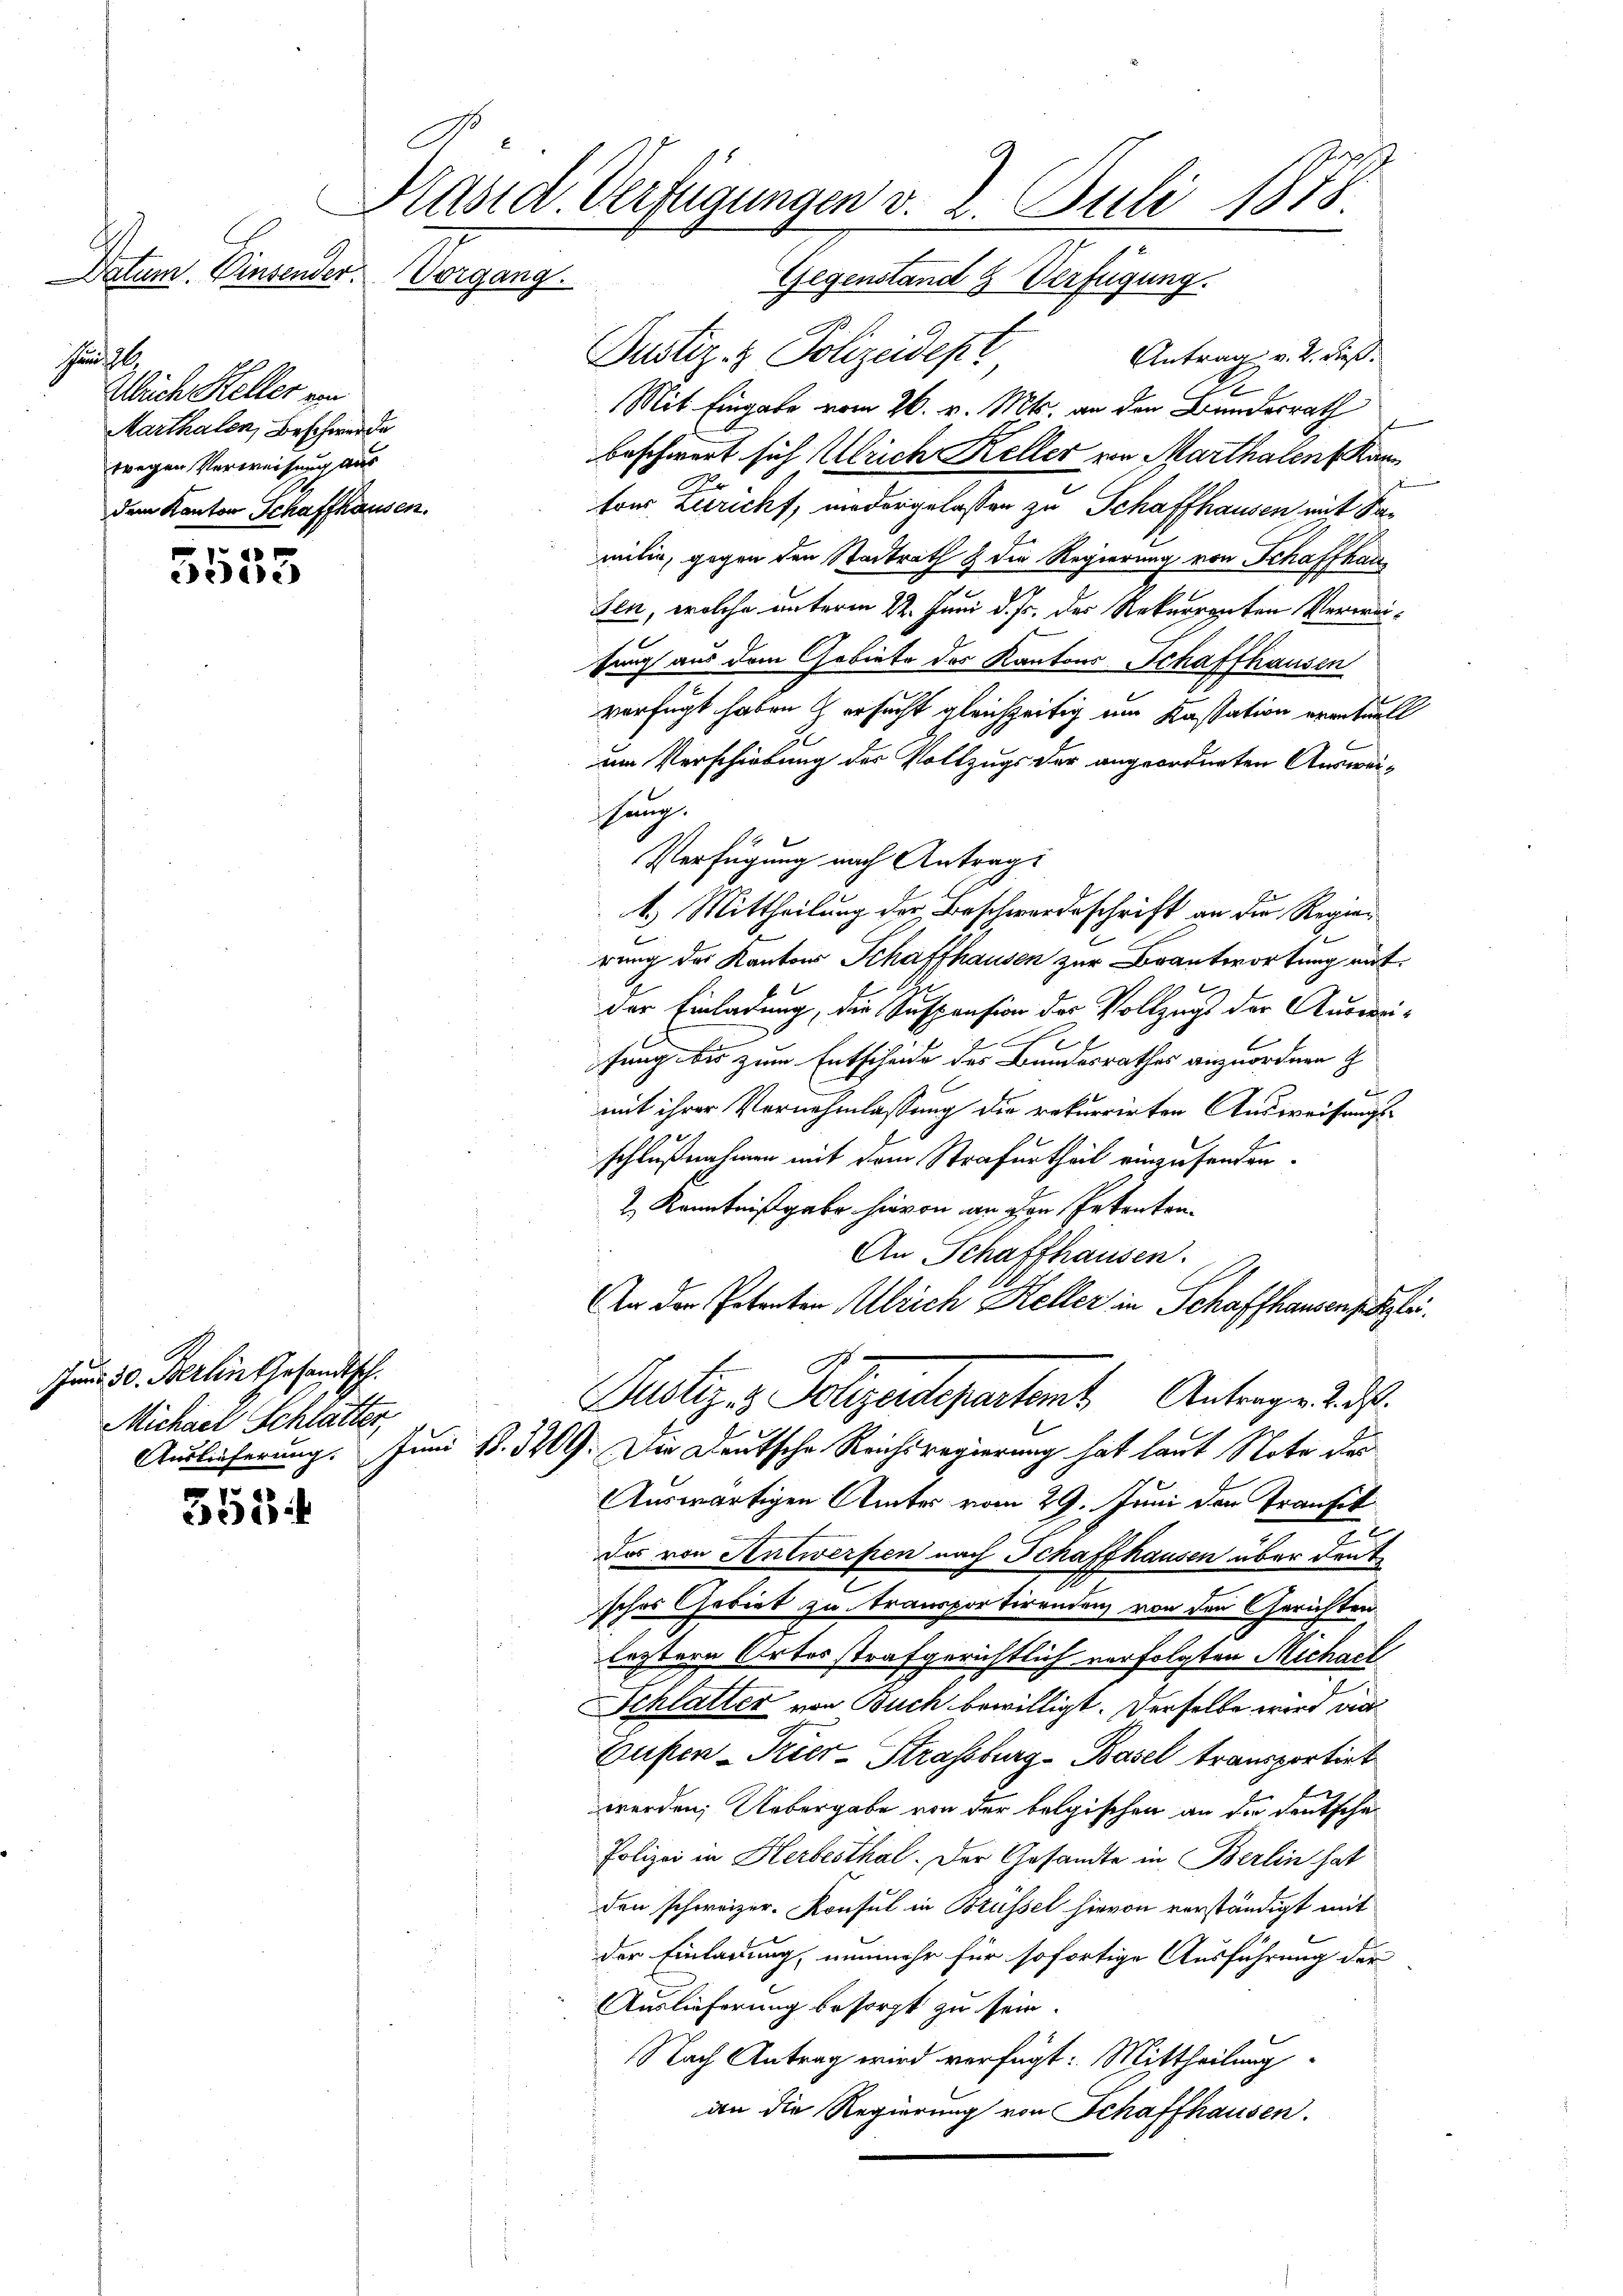
Datum. Einsender.

Günstle
Abuch Keller von
Marthalen, Beschwerde
wegen Verweisung aus
dem Kanton Schaffhausen

5535

558

Präsid. Verfügungen v. 2. Juli 1875.
Vergang
Gegenstand & Verfügung.

Tund 30. Berlin Gesandtsch.
MMichael Schlätter,

Justiz- & Polizeidept
Antrag v. 2. dieß¬
Mit Eingabe vom 26. v. Mts. an den Bundesrath
beschwert sich Ulrich Keller von Marthalen Kanton Züricht, niedergelassen zu Schaffhausen mit Familie, gegen den Stadtrath & die Regierung von Schaffhaus
den, welche unterm 22. Juni d. Js. des Rekurrenten Verweifung aus dem Gebiete des Kantons Schaffhausen
verfügt haben & ersucht gleichzeitig um Kassation erentuell
am Verschiebung der Vollzugs der angeordneten Ausweiung.
Verfügung nach Antrag:
A. Mittheilung der Beschwerdeschrift an die Regier
rung des Kantons Schaffhausen zur Brantwortung mit
der Einladung, die Suspension der Vollzugs der Auswei-
.
fung bis zum Entscheide des Bundesrathes anzuordnen
2
mit ihrer Vernehmlassung die rekurrirten Ausweisungsschlußnahmen mit dem Strafurtheil einzusenden.
z Kenntnißgabe hievon an den Petenten
An Schaffhausen.
An der Potenten Ulrich Keller in Schaffhausenpateri
Justiz- & Polizeidepartamt Antragen d. d.
Auslieferung. Juni 18. 3209. Die Deutsche Reichsregierung hat laut Note der
Auswärtigen Amtes vom 29. Juni den Transit
Das von Antwerfen nach Schaffhausen über den t
sches Gebiet zu transportirendenz von den Gerichten
leztere Ortes strafgerichtlich verfolgten Michael
Schlatter von Buch bewilligt. Derselbe wird die
Busen-Kier-Strassburg-Basel transportirt
werden; Uebergabe von der belgischen an die deutsche
Polizei in Herbesthal. Der Gesandte in Berlin hat
den schweizer. Konsul in Brüssel hievon verständigt mit
der Einladung, nunmehr für sofortige Ausführung der
Auslieferung besorgt zu sein.
Nach Antrag wird verfügt: Mittheilung
an die Regierung von Schaffhausen.